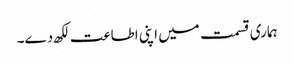
ہماری قسمت میں اپنی اطاعت لکھ دے۔